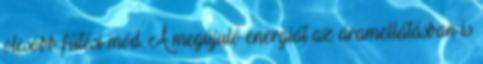
olcsóbb fûtési mód. A megújuló energiát az áramellátásban is